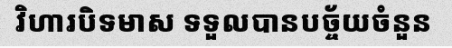
វិហារបិទមាស ទទួលបានបច្ច័យចំនួន